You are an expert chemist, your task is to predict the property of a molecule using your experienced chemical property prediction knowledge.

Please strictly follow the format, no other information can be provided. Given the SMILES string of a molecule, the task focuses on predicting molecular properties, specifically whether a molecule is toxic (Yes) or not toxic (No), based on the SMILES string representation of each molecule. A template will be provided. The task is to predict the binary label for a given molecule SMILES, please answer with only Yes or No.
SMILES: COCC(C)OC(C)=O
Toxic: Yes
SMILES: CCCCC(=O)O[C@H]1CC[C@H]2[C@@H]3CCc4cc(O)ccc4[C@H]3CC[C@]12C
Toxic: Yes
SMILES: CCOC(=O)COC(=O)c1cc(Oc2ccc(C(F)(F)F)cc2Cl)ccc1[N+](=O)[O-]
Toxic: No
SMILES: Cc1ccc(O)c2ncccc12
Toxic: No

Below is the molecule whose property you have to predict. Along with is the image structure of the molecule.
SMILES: O=[PH]1Oc2ccccc2-c2ccccc21
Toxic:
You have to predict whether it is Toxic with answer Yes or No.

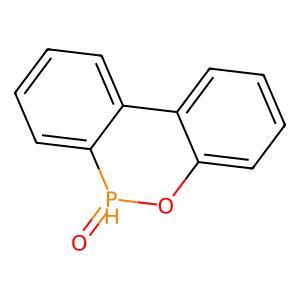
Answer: No